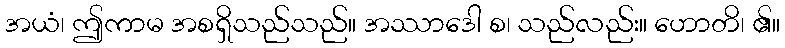
အယံ၊ ဤကာမ အစရှိသည်သည်။ အဿာဒေါ စ၊ သည်လည်း။ ဟောတိ၊ ၏။